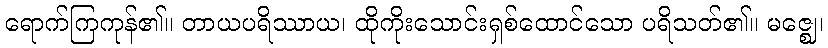
ရောက်ကြကုန်၏။ တာယပရိဿာယ၊ ထိုကိုးသောင်းရှစ်ထောင်သော ပရိသတ်၏။ မဇ္ဈေ၊